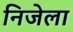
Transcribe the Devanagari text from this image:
निजेला